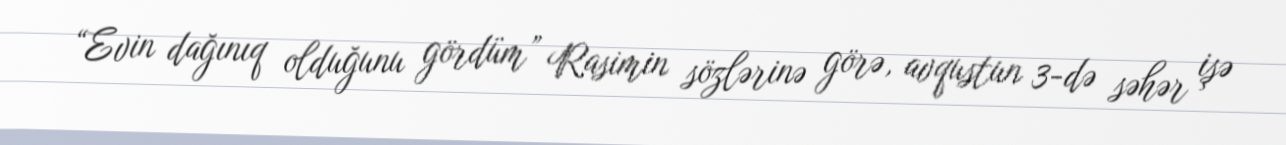
“Evin dağınıq olduğunu gördüm” Rasimin sözlərinə görə, avqustun 3-də səhər işə